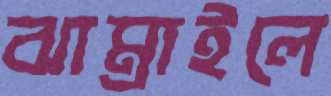
ঝাম্‌রাইলে